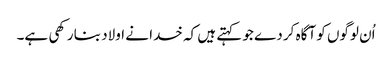
اُن لوگوں کو آگاہ کر دے جو کہتے ہیں کہ خدا نے اولاد بنا رکھی ہے۔